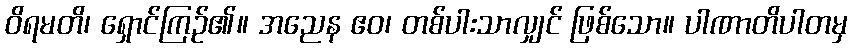
ဝိရမတိ၊ ရှောင်ကြဉ်၏။ အညေန ဧဝ၊ တစ်ပါးသာလျှင် ဖြစ်သော။ ပါဏာတိပါတမှ